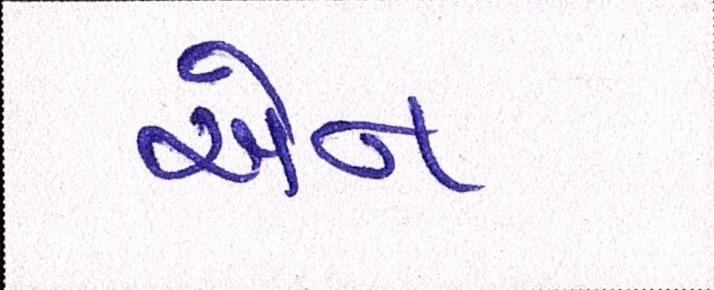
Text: એન